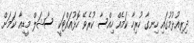
ދިރިއުޅުމުގައި ހިނގާ ހުރިހާ ކަމެއް ހިއްސާ ކުރެވޭ ހޮޅުއައްޓަކީ ސޯޝަލް މީޑިއާ ކަމަށް